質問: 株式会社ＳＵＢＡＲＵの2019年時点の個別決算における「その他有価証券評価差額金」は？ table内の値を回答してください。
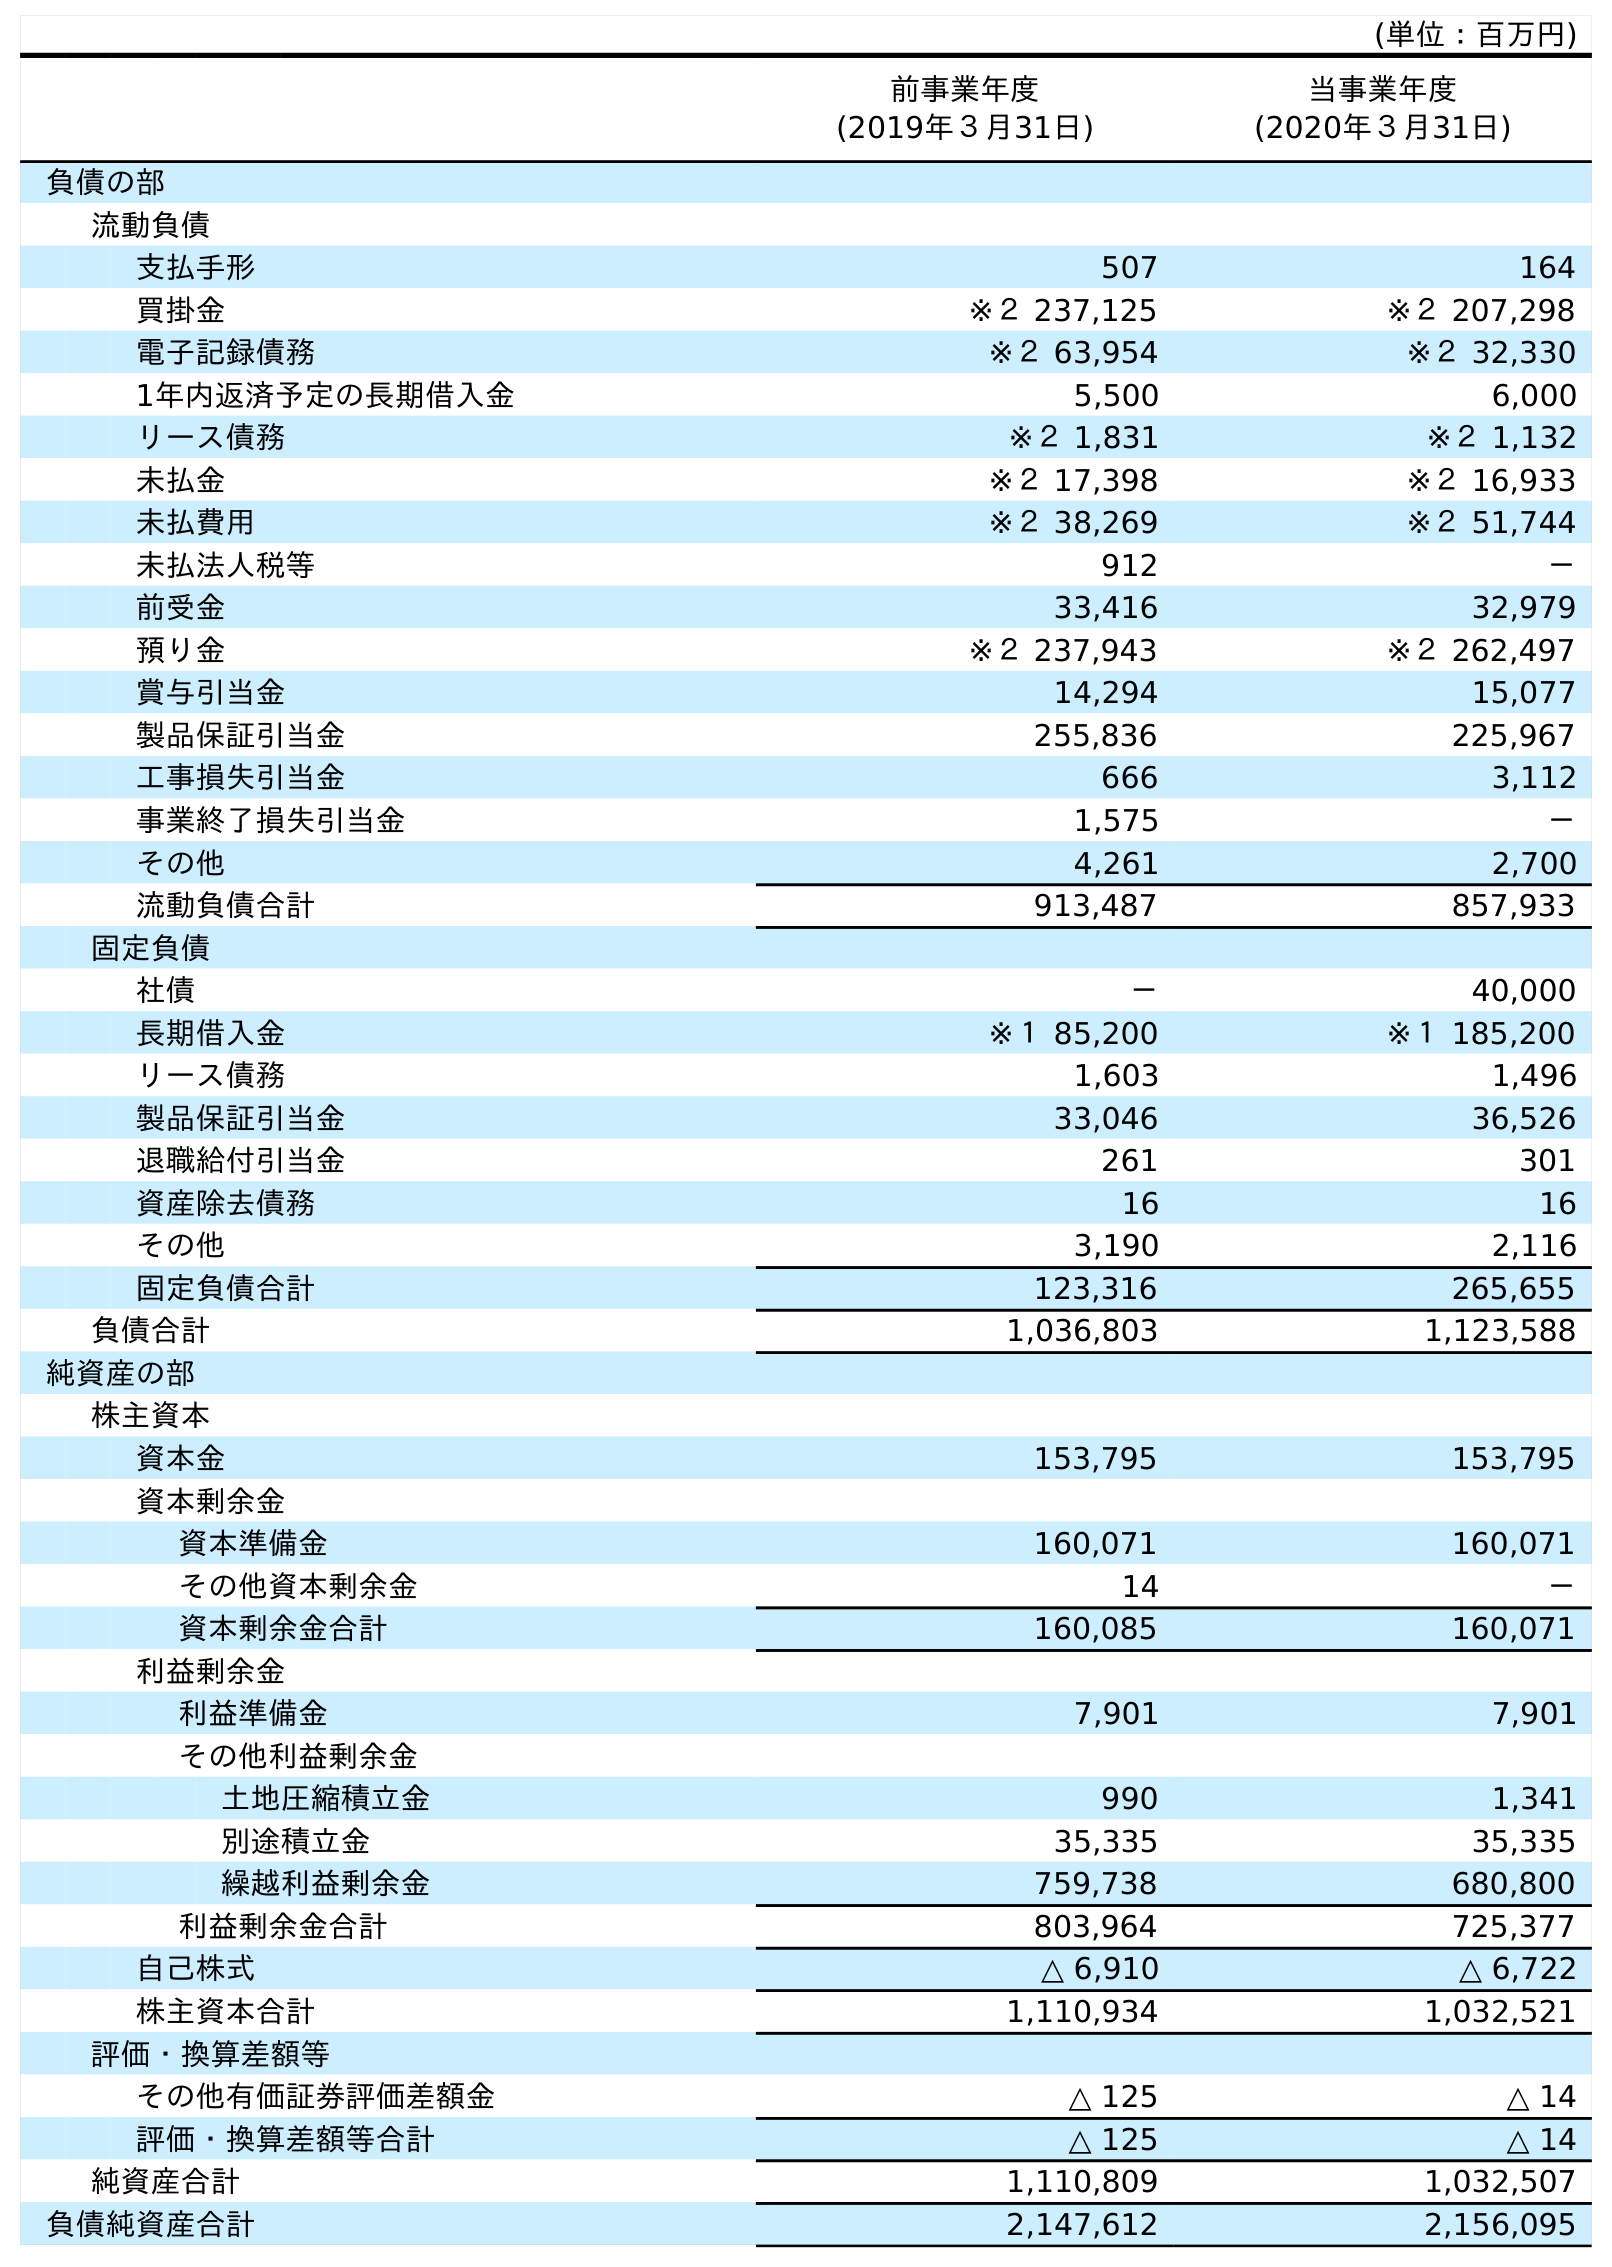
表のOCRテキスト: (単位：百万円) 前事業年度 (2019年３月31日) 当事業年度 (2020年３月31日) 負債の部 流動負債 支払手形 507 164 買掛金 ※２ 237,125 ※２ 207,298 電子記録債務 ※２ 63,954 ※２ 32,330 1年内返済予定の長期借入金 5,500 6,000 リース債務 ※２ 1,831 ※２ 1,132 未払金 ※２ 17,398 ※２ 16,933 未払費用 ※２ 38,269 ※２ 51,744 未払法人税等 912 － 前受金 33,416 32,979 預り金 ※２ 237,943 ※２ 262,497 賞与引当金 14,294 15,077 製品保証引当金 255,836 225,967 工事損失引当金 666 3,112 事業終了損失引当金 1,575 － その他 4,261 2,700 流動負債合計 913,487 857,933 固定負債 社債 － 40,000 長期借入金 ※１ 85,200 ※１ 185,200 リース債務 1,603 1,496 製品保証引当金 33,046 36,526 退職給付引当金 261 301 資産除去債務 16 16 その他 3,190 2,116 固定負債合計 123,316 265,655 負債合計 1,036,803 1,123,588 純資産の部 株主資本 資本金 153,795 153,795 資本剰余金 資本準備金 160,071 160,071 その他資本剰余金 14 － 資本剰余金合計 160,085 160,071 利益剰余金 利益準備金 7,901 7,901 その他利益剰余金 土地圧縮積立金 990 1,341 別途積立金 35,335 35,335 繰越利益剰余金 759,738 680,800 利益剰余金合計 803,964 725,377 自己株式 △ 6,910 △ 6,722 株主資本合計 1,110,934 1,032,521 評価・換算差額等 その他有価証券評価差額金 △ 125 △ 14 評価・換算差額等合計 △ 125 △ 14 純資産合計 1,110,809 1,032,507 負債純資産合計 2,147,612 2,156,095
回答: △125